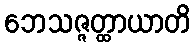
ဘေသဇ္ဇတ္ထာယာတိ